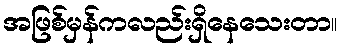
အဖြစ်မှန်ကလည်းရှိနေသေးတာ။